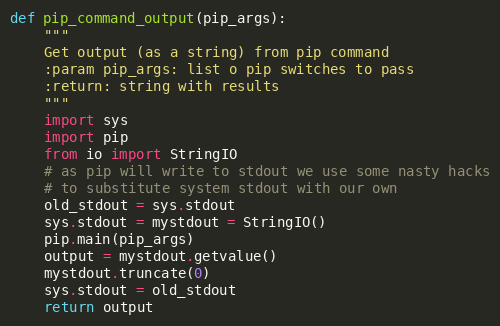
Language: Python
def pip_command_output(pip_args):
    """
    Get output (as a string) from pip command
    :param pip_args: list o pip switches to pass
    :return: string with results
    """
    import sys
    import pip
    from io import StringIO
    # as pip will write to stdout we use some nasty hacks
    # to substitute system stdout with our own
    old_stdout = sys.stdout
    sys.stdout = mystdout = StringIO()
    pip.main(pip_args)
    output = mystdout.getvalue()
    mystdout.truncate(0)
    sys.stdout = old_stdout
    return output